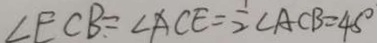
\angle E C B = \angle A C E = \frac { 1 } { 2 } \angle A C B = 4 5 ^ { \circ }